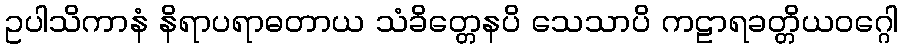
ဥပါသိကာနံ နိရာပရာဓတာယ သံခိတ္တေနပိ သေသာပိ ကဠာရခတ္တိယဝဂ္ဂေါ